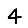
Digit: 4